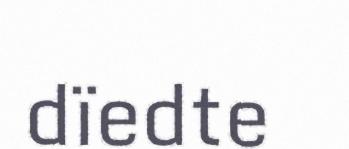
dïedte